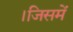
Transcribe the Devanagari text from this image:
।जिसमें